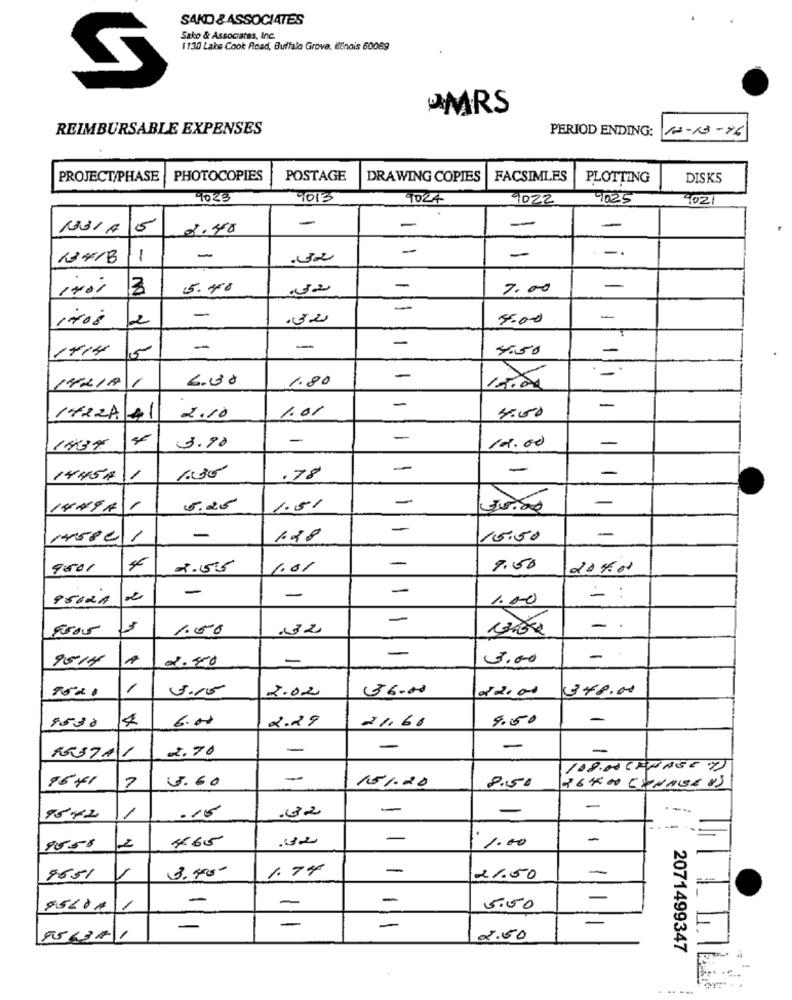
SAKD & ASSOCIATES
Sako & Associates, Inc.
1130 Lake Cook Road, Buffalo Grove, ilinois 60069
UMRS
REIMBURSABLE EXPENSES
PERIOD ENDING:
13-13-76
PROJECT/PHASE
PHOTOCOPIES
POSTAGE
DRAWING COPIES
FACSIMLES
PLOTTING
DISKS
1023
9013
9024
9022
9025
1021
-
1331A
5
2.48
-
-
-
13418
1
-
-
3
5.400
7.00
-
-
1708
2
-
.32
5:00
-
1414
-
-
4.50
-
1
6.00
1.80
-
14218
1.01
-
-
1422A41
2.10
4:00
-
-
-
143%
3.90
12.00
-
-
-
1445A
1
1.35
.78
-
1449A 1
0,25
1.51
-
-
14582 1
-
1.28
15.50
-
9501
2.55
1.01
9.50
208.00
-
-
-
9502A
2
1.00
= :
1.50
-
-
9514
2.80
-
3.00
-
8620
1
3.15
2.02
36.00
12.00
348.00
1500
4
6.00
2.29
21.60
9.50
R537A1
2.70
-
-
-
-
108.00 (PHASE 7)
96×1
7
4.60
-
151.20
8.50
26400 CHNAGEOS
/
.15
.32
-
-
-
1542
465
-
1.00
-
9558
3.400-
1.74
-
-
9651
21.50
-
-
95611
-
5.00
-
9563A1
2.50
2071499347